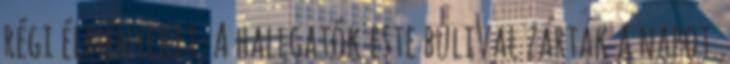
régi élményeket. A hallgatók este bulival zárták a napot.